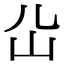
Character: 𡴸